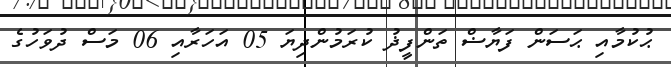
ޙުކުމާއި ޙަސަން ފަޔާޟް ތަންފީޛު ކުރަމުންދިޔަ 05 އަހަރާއި 06 މަސް ދުވަހުގެ